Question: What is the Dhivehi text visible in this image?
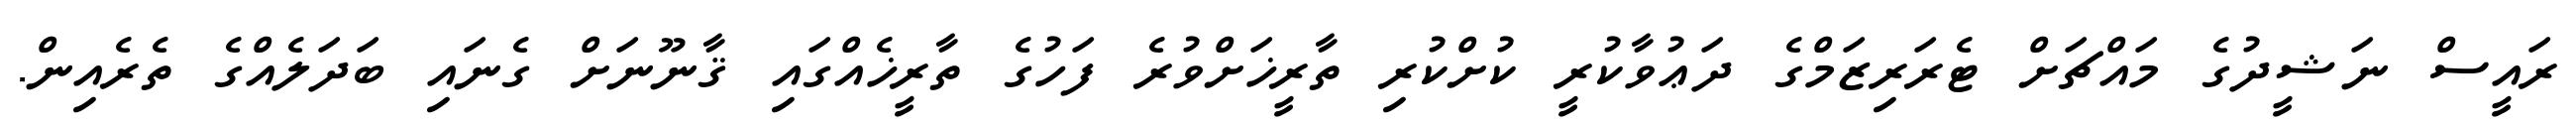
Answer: ރައީސް ނަޝީދުގެ މައްޗަށް ޓެރަރިޒަމްގެ ދަޢުވާކުރީ ކުށްކުރި ތާރީޚަށްވުރެ ފަހުގެ ތާރީޚެއްގައި ޤާނޫނަށް ގެނައި ބަދަލެއްގެ ތެރެއިން.